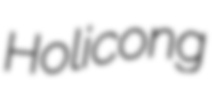
Holicong